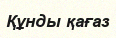
Құнды қағаз